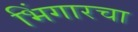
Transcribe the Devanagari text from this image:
भिंगारचा